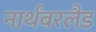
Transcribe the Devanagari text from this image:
नार्थंबरलैड